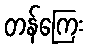
တန်ကြေး